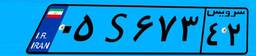
۵۰S۶۴۳۴۲